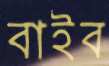
বাইব